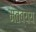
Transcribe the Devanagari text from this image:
मंतव्यय